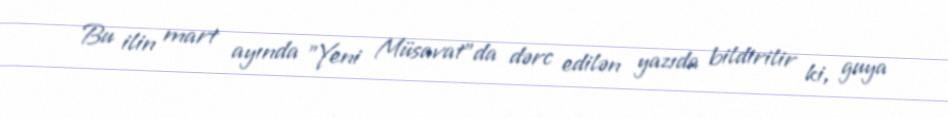
Bu ilin mart ayında ”Yeni Müsavat"da dərc edilən yazıda bildirilir ki, guya